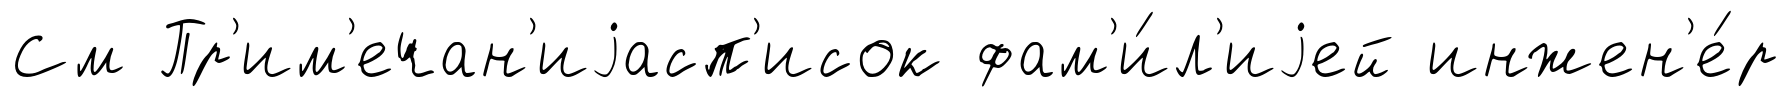
См Пр'им'ечан'иjасп'исок фам'и́л'иjей инжен'е́р